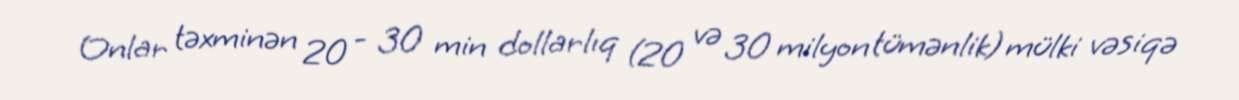
Onlar təxminən 20 - 30 min dollarlıq (20 və 30 milyon tümənlik) mülki vəsiqə